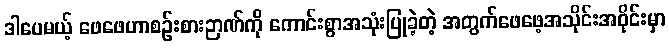
ဒါပေမယ့် ဖေဖေဟာစဉ်းစားဉာဏ်ကို ကောင်းစွာအသုံးပြုခဲ့တဲ့ အတွက်ဖေဖေ့အသိုင်းအဝိုင်းမှာ